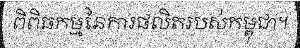
ពិពិធកម្មនៃការផលិតរបស់កម្ពុជា។